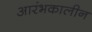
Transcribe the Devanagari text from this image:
आरंभकालीन